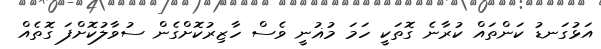
އަޅުގަނޑު ކަންތައް ކުރާނެ ގޮތަކީ ހަމަ މުޣުނީ ވެސް ހާޒިރުކޮށްގެން ސުވާލުކޮށްފަ ގޮތެއް